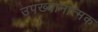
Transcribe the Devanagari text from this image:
उपख्यानात्मक